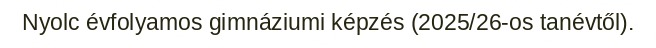
Nyolc évfolyamos gimnáziumi képzés (2025/26-os tanévtől).